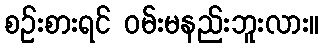
စဉ်းစားရင် ဝမ်းမနည်းဘူးလား။